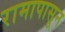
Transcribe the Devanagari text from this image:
रामापासून